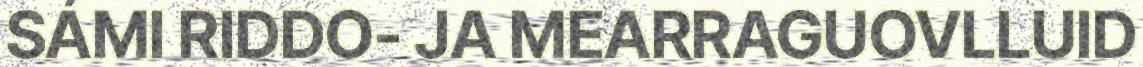
SÁMI RIDDO- JA MEARRAGUOVLLUID